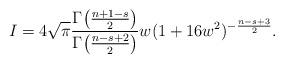
LaTeX: \begin{align*}I=4\sqrt{\pi}\frac{\Gamma\big(\frac{n+1-s}{2}\big)}{\Gamma\big(\frac{n-s+2}{2}\big)}w(1+16w^2)^{-\frac{n-s+3}{2}}.\end{align*}